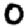
Digit: 0